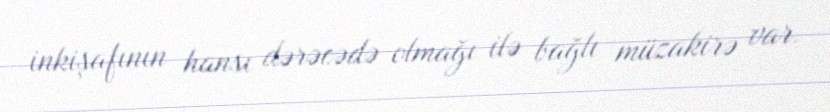
inkişafının hansı dərəcədə olmağı ilə bağlı müzakirə var.